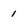
Character: 1